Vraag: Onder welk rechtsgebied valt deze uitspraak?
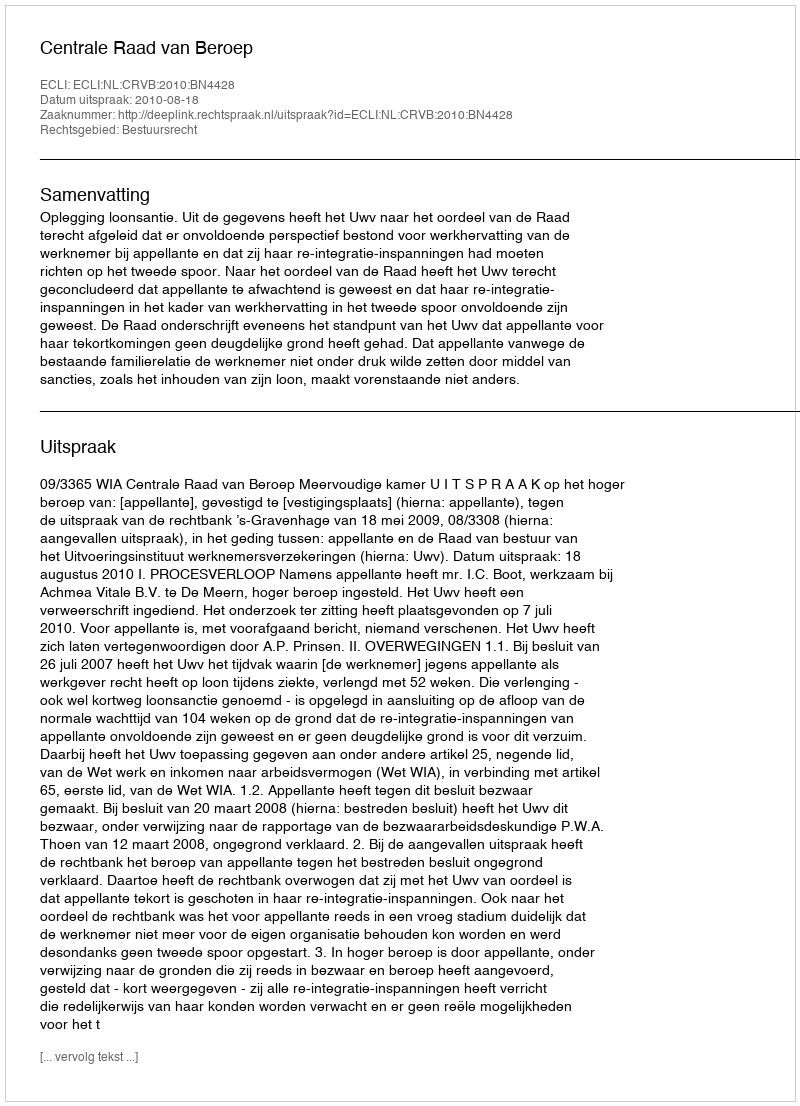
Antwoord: Bestuursrecht